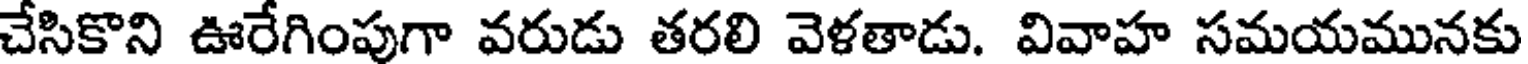
చేసికొని ఊరేగింపుగా వరుడు తరలి వెళతాడు. వివాహ సమయమునకు